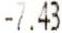
-7.43